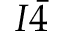
I \bar { 4 }